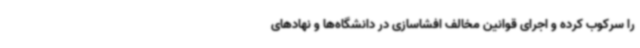
را سرکوب کرده و اجرای قوانین مخالف افشاسازی در دانشگاه‌ها و نهادهای